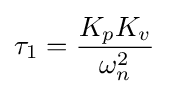
\tau _{1}={\frac {K_{p}K_{v}}{\omega _{n}^{2}}}